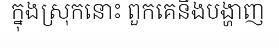
ក្នុងស្រុកនោះ ពួកគេនឹងបង្ហាញ